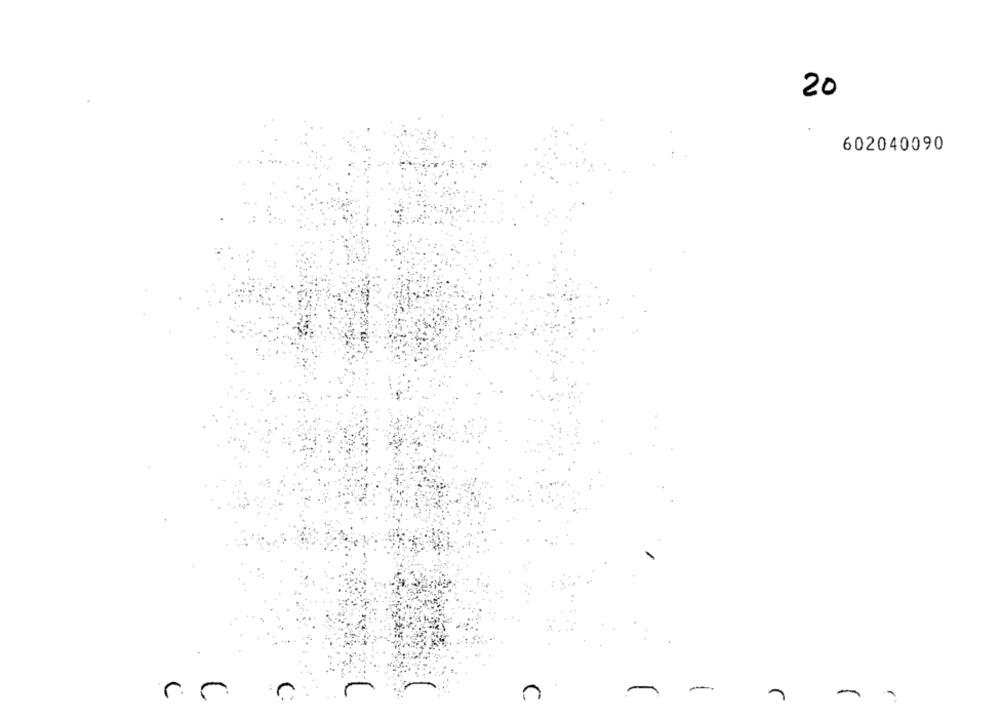
20
602040090
-